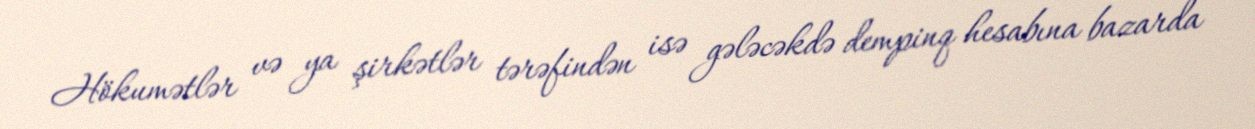
Hökumətlər və ya şirkətlər tərəfindən isə gələcəkdə dempinq hesabına bazarda